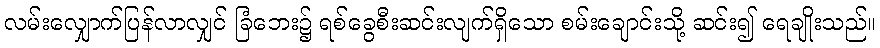
လမ်းလျှောက်ပြန်လာလျှင် ခြံဘေး၌ ရစ်ခွေစီးဆင်းလျက်ရှိသော စမ်းချောင်းသို့ ဆင်း၍ ရေချိုးသည်။